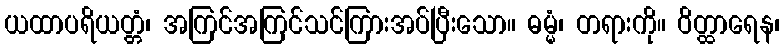
ယထာပရိယတ္တံ၊ အကြင်အကြင်သင်ကြားအပ်ပြီးသော။ ဓမ္မံ၊ တရားကို။ ဝိတ္ထာရေန၊